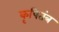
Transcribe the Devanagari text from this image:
कृषितंत्र